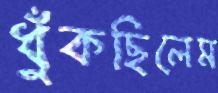
ধুঁকছিলেম